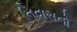
નિવાસનો